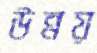
উন্নয়